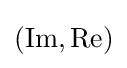
(\operatorname {Im} ,\operatorname {Re} )